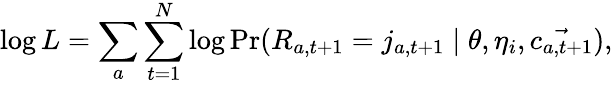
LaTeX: \log L=\sum_{a}\sum_{t=1}^{N}\log\operatorname*{Pr}(R_{a,t+1}=j_{a,t+1}\mid\theta,\eta_{i},\vec{c_{a,t+1}}),